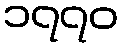
၁၇၇၀